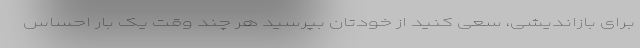
برای بازاندیشی، سعی کنید از خودتان بپرسید هر چند وقت یک بار احساس